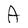
Character: A